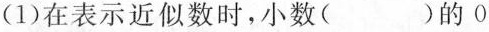
(1)在表示近似数时，小数( )的0